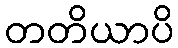
တတိယာပိ